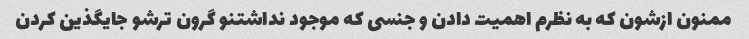
ممنون ازشون که به نظرم اهمیت دادن و جنسی که موجود نداشتنو گرون ترشو جایگذین کردن